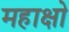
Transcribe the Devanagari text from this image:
महाक्षो